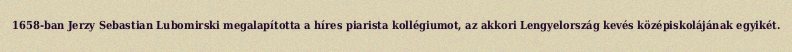
1658-ban Jerzy Sebastian Lubomirski megalapította a híres piarista kollégiumot, az akkori Lengyelország kevés középiskolájának egyikét.